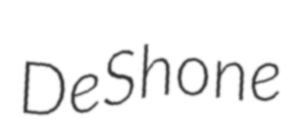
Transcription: DeShone